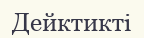
Дейктикті